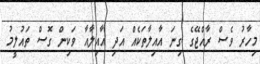
މިހާރު ވެސް ރާއްޖޭގެ ގިނަ އާއިލާތަކެއް އަދި އާއިލާއާ ވަކިން ގޮސް ތައުލީމު